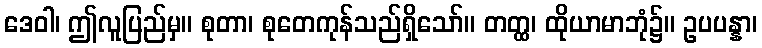
ဒေဝါ၊ ဤလူပြည်မှ။ စုတာ၊ စုတေကုန်သည်ရှိသော်။ တတ္ထ၊ ထိုယာမာဘုံ၌။ ဥပပန္နာ၊